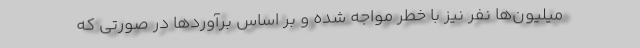
میلیون‌ها نفر نیز با خطر مواجه شده و بر اساس برآوردها در صورتی که